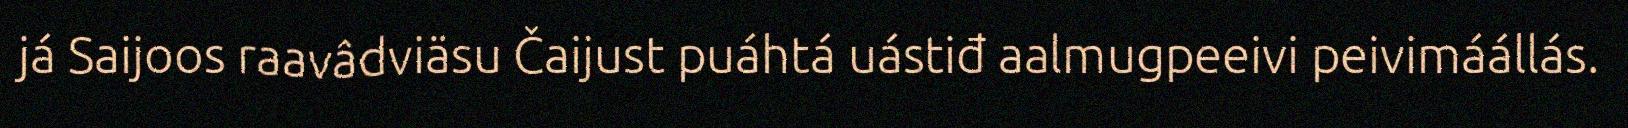
já Saijoos raavâdviäsu Čaijust puáhtá uástiđ aalmugpeeivi peivimáállás.